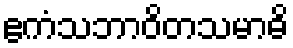
ဧကံသဘာဝိတသမာဓိ